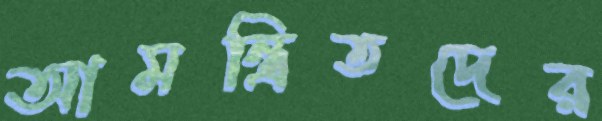
আমন্ত্রিতদের